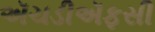
ઍચડીઍફસી